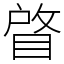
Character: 䁈